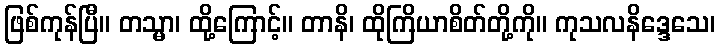
ဖြစ်ကုန်ပြီ။ တသ္မာ၊ ထို့ကြောင့်။ တာနိ၊ ထိုကြိယာစိတ်တို့ကို။ ကုသလနိဒ္ဒေသေ၊